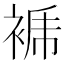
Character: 𧚜